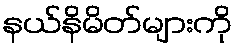
နယ်နိမိတ်များကို